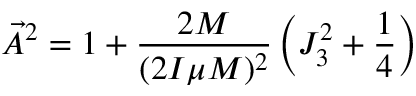
\vec { A } ^ { 2 } = 1 + \frac { 2 M } { ( 2 I \mu M ) ^ { 2 } } \left( J _ { 3 } ^ { 2 } + \frac { 1 } { 4 } \right)